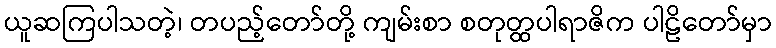
ယူဆကြပါသတဲ့၊ တပည့်တော်တို့ ကျမ်းစာ စတုတ္ထပါရာဇိက ပါဠိတော်မှာ